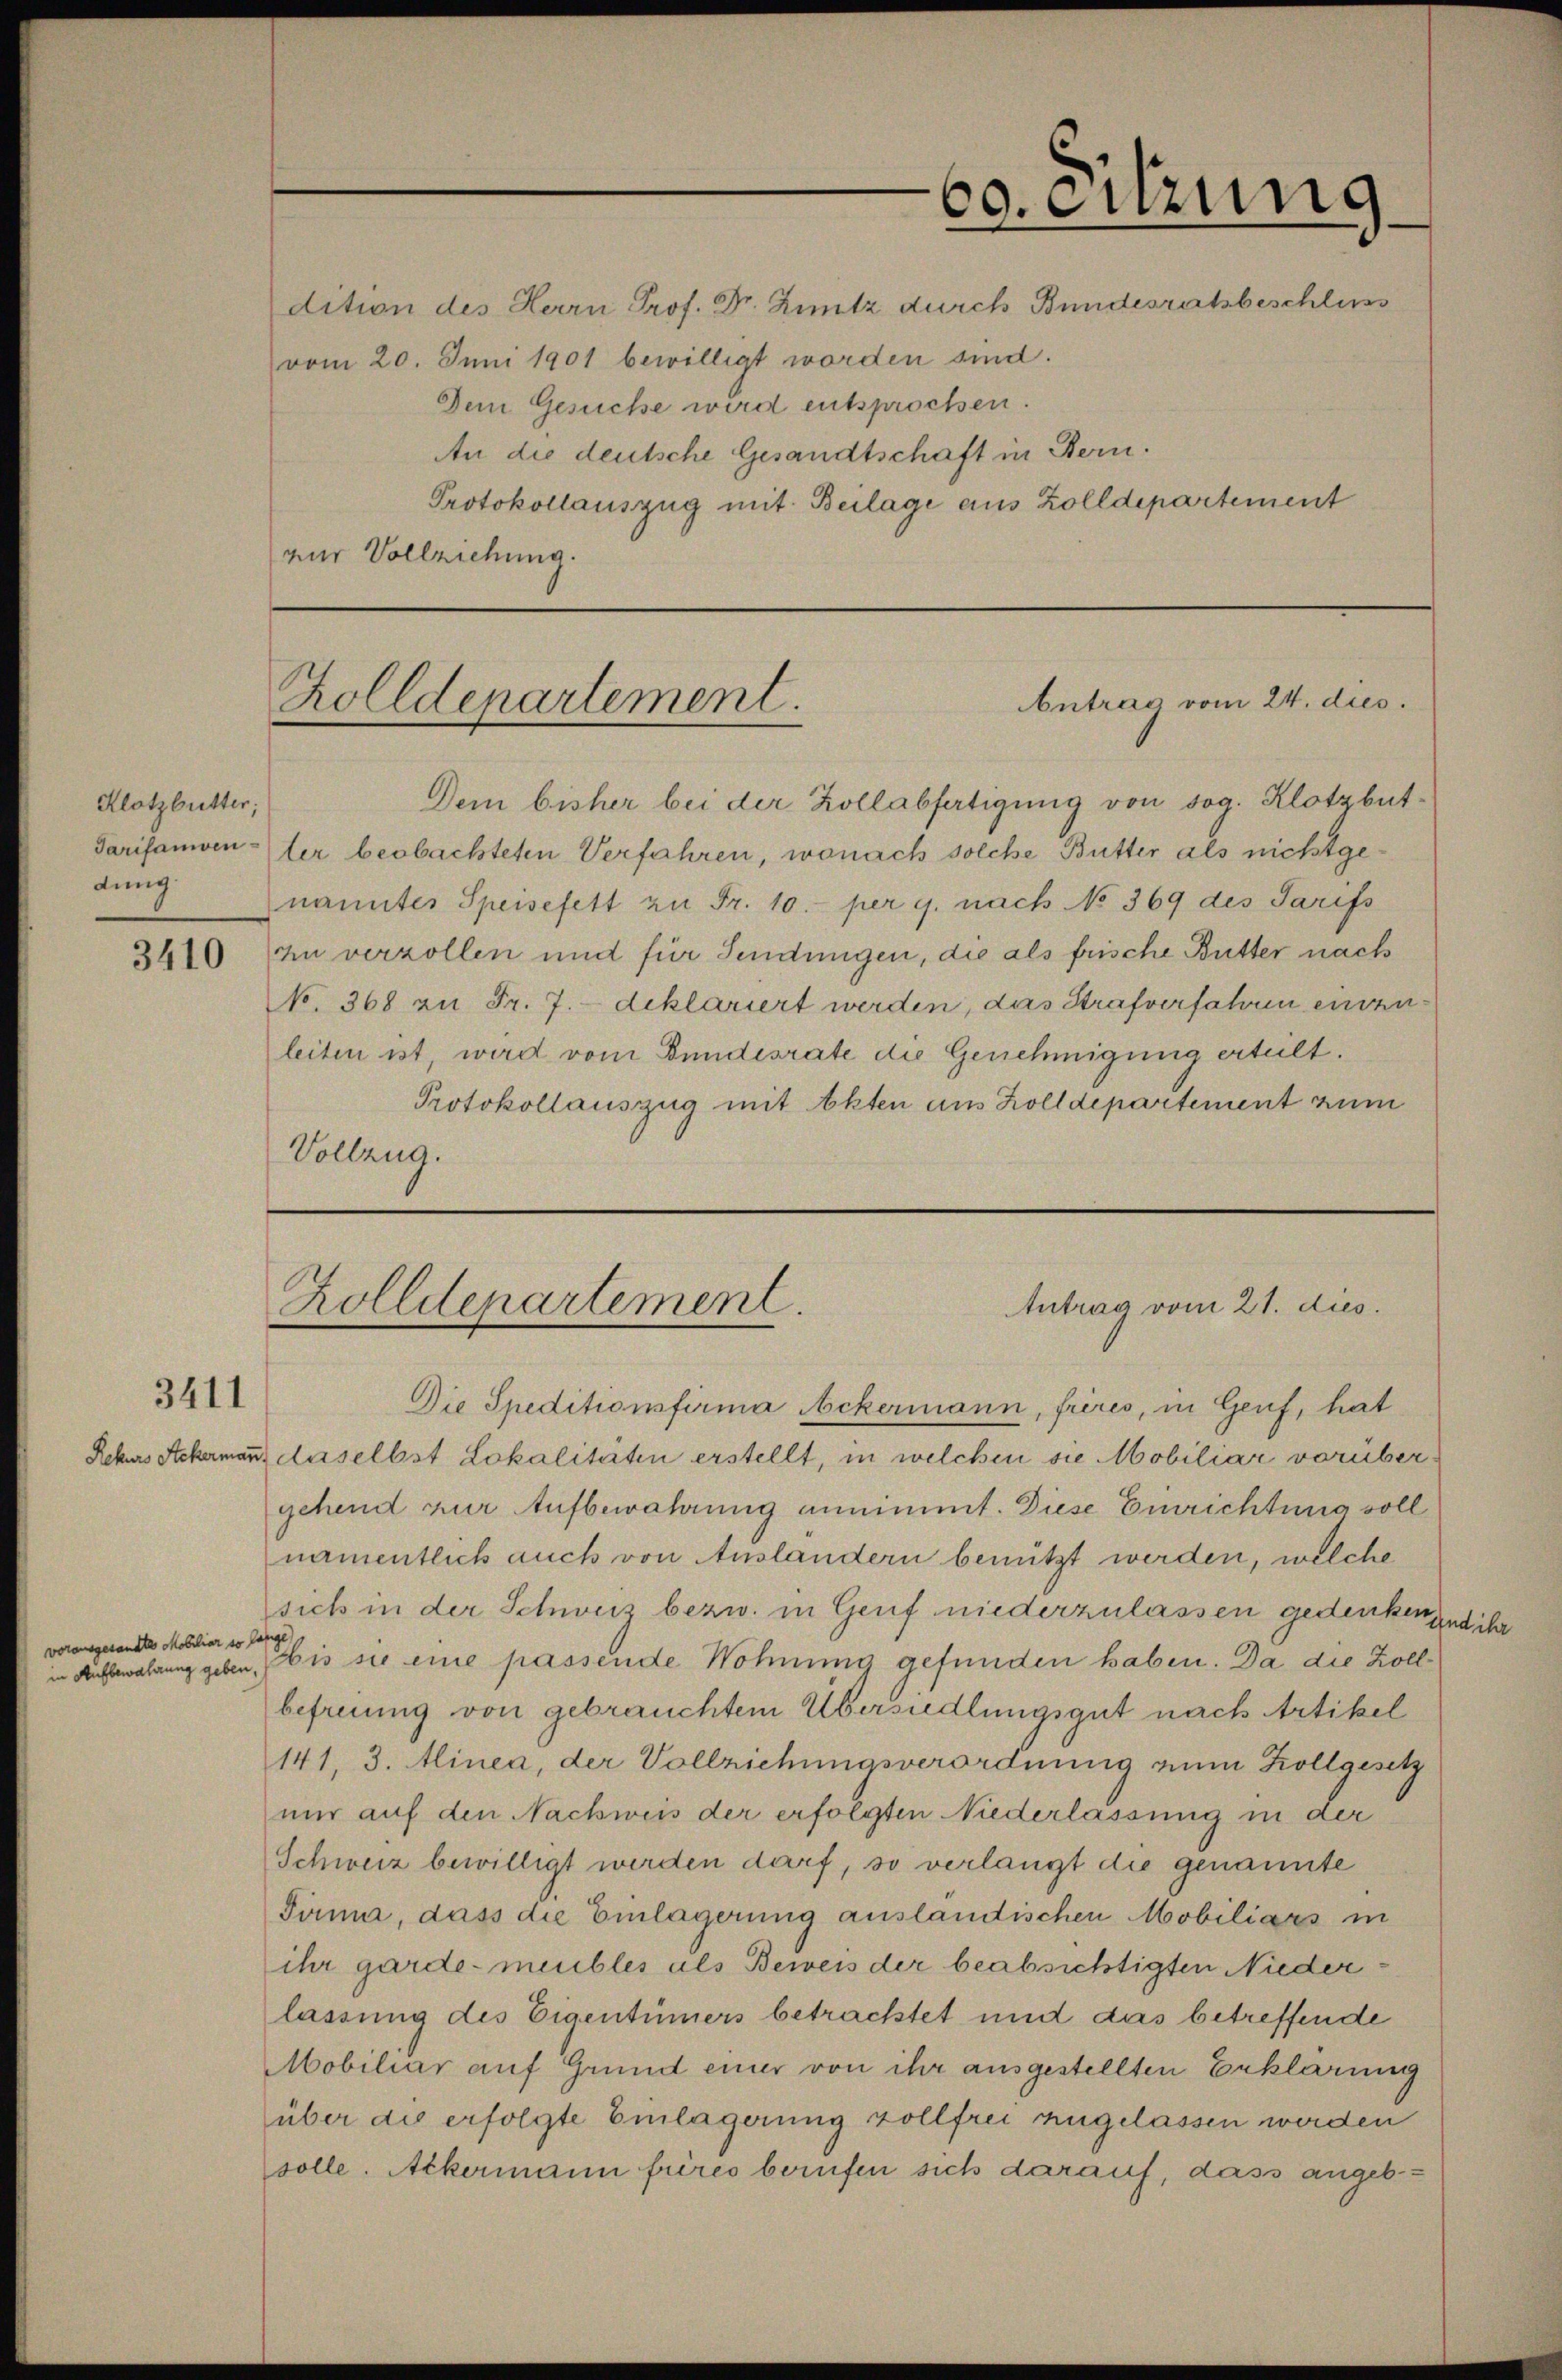
60. Sitzung

vom 20. Juni 1901 bewilligt worden sind.
Dem Gesuche wird entsprochen.
An die deutsche Gesandtschaft in Bern.
Protokollauszug mit Beilage aus Zolldepartement
nur Vollziehung.

dition des Herrn Prof. Dr. Zuntz durch Bundesratsbeschluss

Antrag vom 24. dies
Zolldepartement.

Dem bisher bei der Kollabfertigung von sog. Klotzbut¬
Tarifamventer beobachteten Verfahren, wonach solche Butter als nicht genantes Speisefett zu Fr. 10. per g. nach No 369 des Tarifs
3416 u verzollen und für Sendungen, die als frische Butter nach
No. 368 zu Fr. 7.- deklariert werden, das Strafverfahren einzuleiten ist, wird vom Bundesrate die Genehmigung erteilt.
Protokollauszug mit Akten aus Zolldepartement zum
Vollzug.

Klotzbutter;
dung.

Antrag vom 21. dies
Zolldepartement.

Die Speditionsfirma Ackermann, frères, in Genf, hat
Rekurs Ackermann daselbst Lokalitäten erstellt, in welchen sie Mobiliar vorübergehend zur Aufbewahrung annimmt. Diese Einrichtung voll
namentlich auch von Auslandern benützt werden, welche
sich in der Schweiz bezw. in Genf niederzulassen gedenken und ihr
bis sie eine passende Wohnung gefunden haben. Da die Zollbefreiung von gebrauchtem Übersiedlungsgut nach Artikel
141, 3. Alinea, der Vollziehungsverordnung zum Kollgesetz
nur auf den Nachweis der erfolgten Niederlassung in der
Schweiz bewilligt werden darf, so verlangt die genannte
Jama, dass die Einlagerung auslandischen Mobiliars in
ihr garde-meubles als Beweis der beabsichtigten Niederlassung des Eigentümers betrachtet und das betreffende
Mobiliar auf Grund einer von ihr ausgestellten Erklärung
über die erfolgte Einlagerung zollfrei angelassen werden
solle. Ackermann frères berufen sich darauf, dass angeb¬

3411

vorausgesandte Mobiliar so lange
in Aufbewahrung geben.